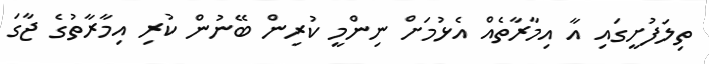
ތިލަފުށީގައި އާ އިމާރާތެއް އެޅުމަށް ނިންމީ ކުރިން ބޭނުން ކުރި އިމާރާތުގެ ޖާގަ